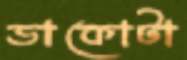
ডাকোটা